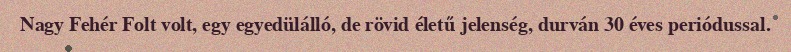
Nagy Fehér Folt volt, egy egyedülálló, de rövid életű jelenség, durván 30 éves periódussal.